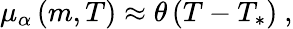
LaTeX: \begin{array}{r}{\mu_{\alpha}\left(m,T\right)\approx\theta\left(T-T_{*}\right)\ ,}\end{array}